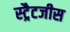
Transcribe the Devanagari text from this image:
स्ट्रैटजीस